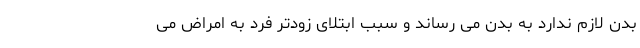
بدن لازم ندارد به بدن می رساند و سبب ابتلای زودتر فرد به امراض می